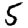
Digit: 5